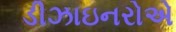
ડીઝાઇનરોએ